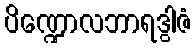
ပိဏ္ဍောလဘာရဒွါဇံ